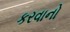
કરવાનો